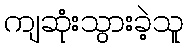
ကျဆုံးသွားခဲ့သူ